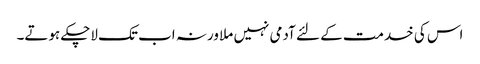
اس کی خدمت کے لئے آدمی نہیں ملا ورنہ اب تک لاچکے ہوتے۔